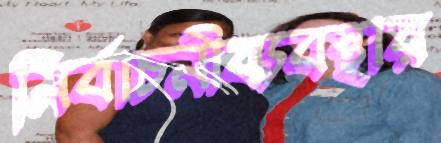
নির্বাচনীব্যবস্থার